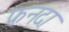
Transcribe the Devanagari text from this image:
फनदा